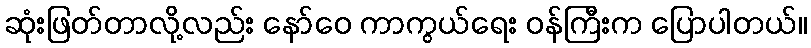
ဆုံးဖြတ်တာလို့လည်း နော်ဝေ ကာကွယ်ရေး ဝန်ကြီးက ပြောပါတယ်။